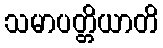
သမာပတ္တိယာတိ